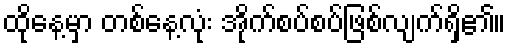
ထိုနေ့မှာ တစ်နေ့လုံး အိုက်စပ်စပ်ဖြစ်လျက်ရှိ၏။